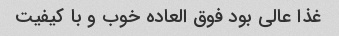
غذا عالی بود فوق العاده خوب و با کیفیت